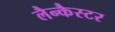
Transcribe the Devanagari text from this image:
लैन्कैस्टर